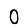
Digit: 0